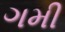
ગમી